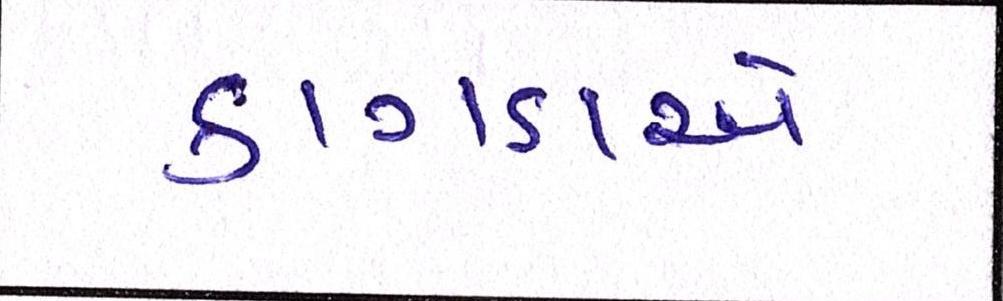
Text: કાગડાએ